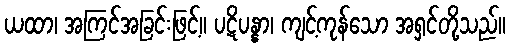
ယထာ၊ အကြင်အခြင်းဖြင့်။ ပဋိပန္နာ၊ ကျင့်ကုန်သော အရှင်တို့သည်။